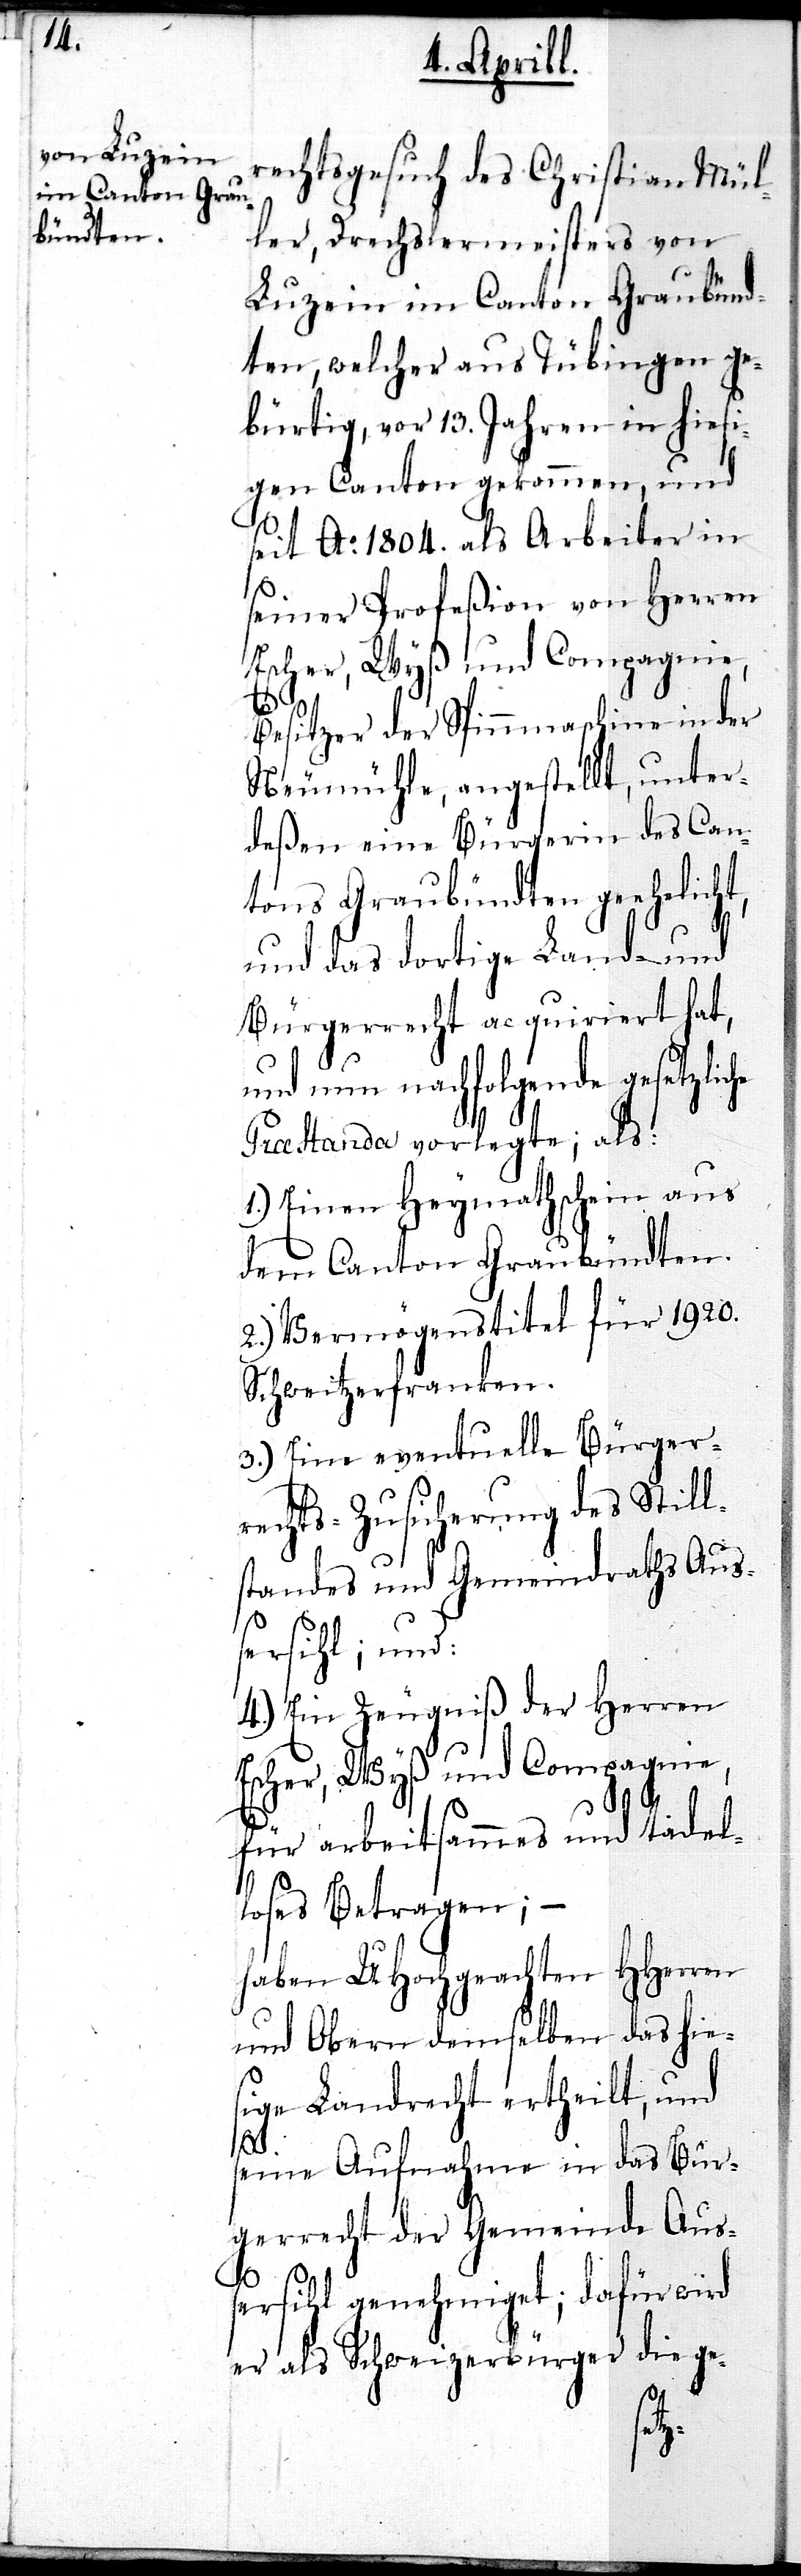
bündten.

rechtsgesuch des Christian Mül¬
ler, Drechslermeister von
Luzein im Canton Graubünd¬
ten, welcher aus Tübingen ge¬
bürtig, vor 13. Jahren in hiesi¬
gen Canton gekommen, und
seit Ao. 1804. als Arbeiter in
seiner Profeßion von Herr¬
Escher, Wyß und Compagnie,
Besitzer der Spinnmaschine in der
Neumühle, angestellt, unter¬
deßen eine Bürgerin des Can¬
tons Graubündten geehelicht,
und
und das dortige Land-
Bürgerrecht aquiriert ha¬
und nun nachfolgende gesetzli¬
Prae Standa vorlegte;
1.) Einen Heymathschein aus
dem Canton Grau¬
2.) Vermögenstitel
Schweitzerfranken.
3.) Eine eventuelle Bürge¬
echts-Zusicherung
standes und Gemeindra¬
ersihl; und:
4.) Ein Zeugniß der Her¬
für arbeitsammes und tadel¬
loses Betragen;–
haben UHochgeachten HHerren
und Obern demselben das hie¬
sige Landrecht ertheilt, und
Auß¬
seine Aufnahme in das Bür¬
gerrecht der Gemeinde Auß¬
ren
ersihl genehmiget; dafür wird
er als Schweizerbürger die ge-
che